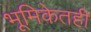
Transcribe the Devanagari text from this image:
भूमिकेतही